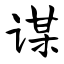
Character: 谋